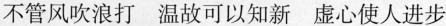
不管风吹浪打 温故可以知新 虚心使人进步